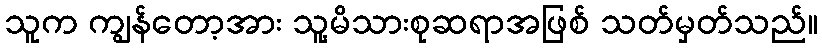
သူက ကျွန်တော့အား သူ့မိသားစုဆရာအဖြစ် သတ်မှတ်သည်။